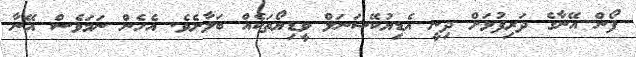
ފޯން އޭނާގެ ދަރިފުޅަށް ދިނީ އެޑިޔުކޭޝަނަލް ވީޑިޔޯތަކެއް ބަލާށެވެ. އެހެން ނަމަވެސް އޭނާ